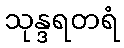
သုန္ဒရတရံ